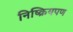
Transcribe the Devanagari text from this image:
निष्क्रियपण